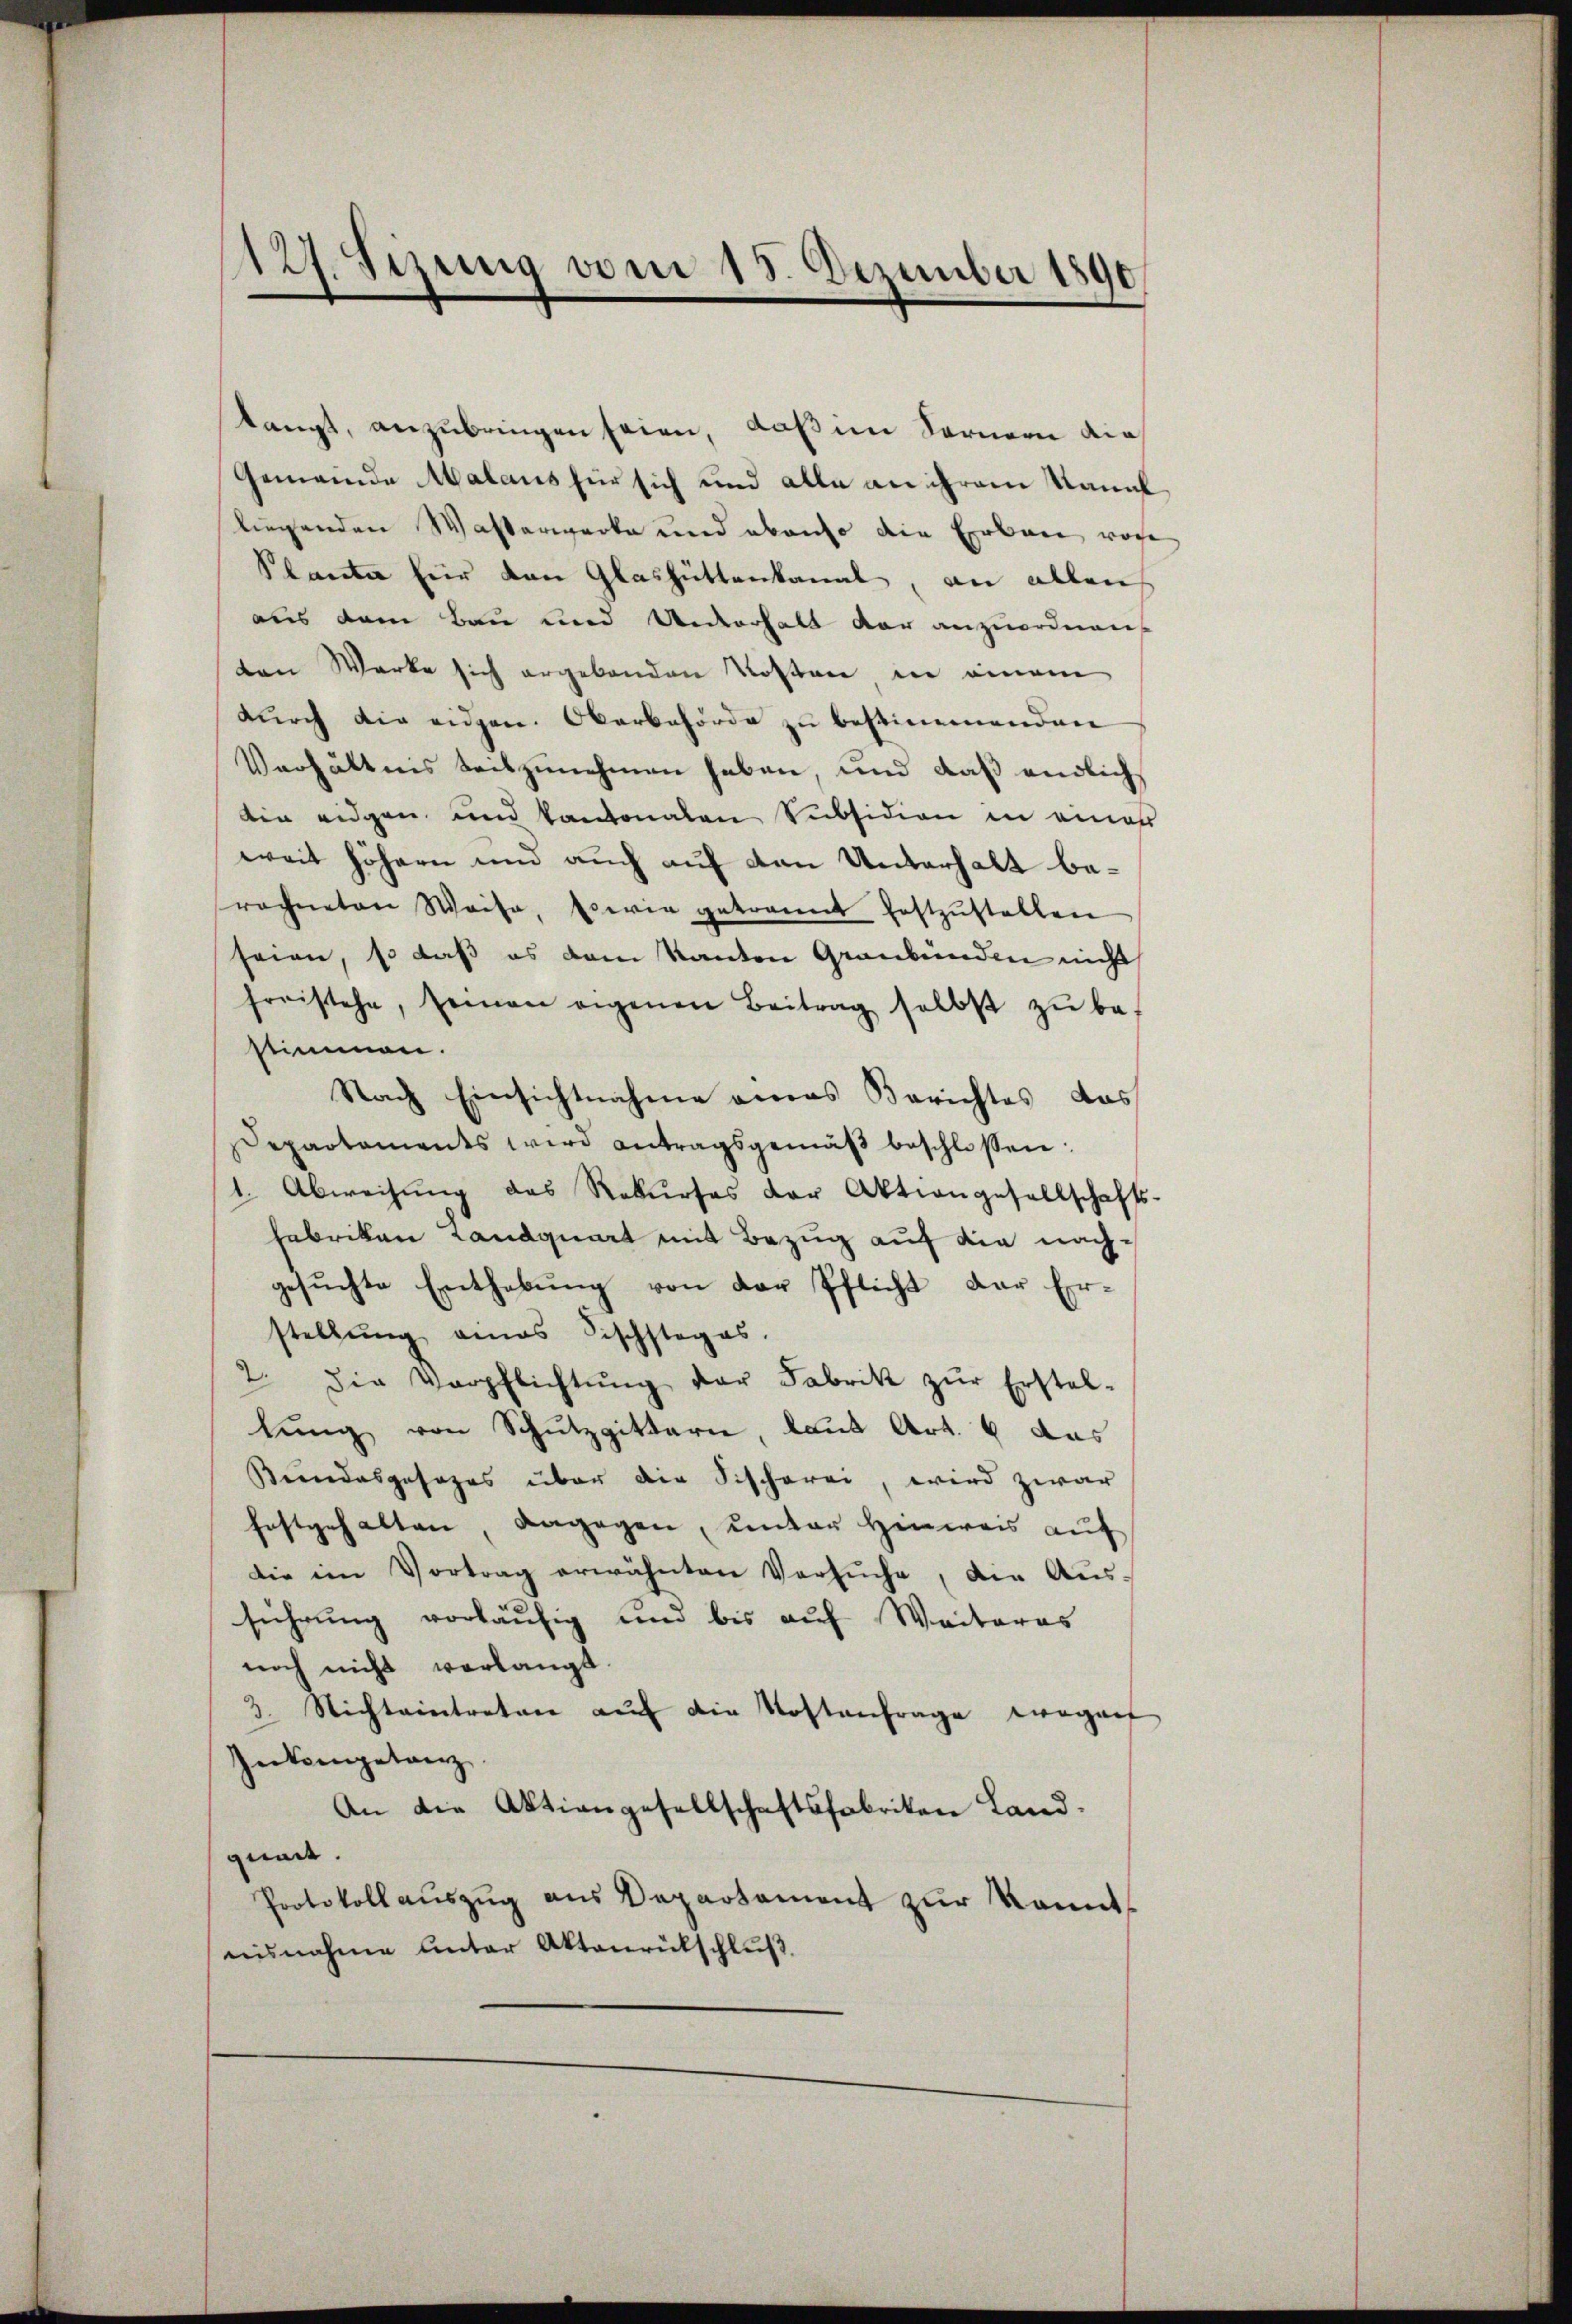
langt, anzubringen seien, daß im Fernern die¬
Gemeinde Malaus für sich und alle an ihrem Kanal
liegenden Wasserwerke und ebenso die Erbau roche
Planta für von Glashüttenkanal, an allen
aus dem Bau und Unterhalt der anzuordnen
ten Werke sich ergebenden Kosten in einem
durch die eidgen. Oberbehörde zu bestimmenden
Verhältnis teilzunehmen haben, und daß endlich
din eidgen und kantonalen Subsidion in eines
weit höhern und auch auf den Unterhalt berochneten Weise, sowie getrannt festzŭstellen
seien, so daß es dem Kanton Graubünden nicht
freistehe, seien eigenen Beitrag selbst zŭ be-
stimmen.
Nach Einsichtnahme eines Berichtes das
separtaments wird antragsgemäβ beschlossen:
1. Abweisung des Rekurses der Aktiengesellschafts-
Fabriken Landquart mit Bezug auf die nachgesŭchte Enthebŭng von der Pflicht der Er-
stellung eines Fischstages.
2. Die Verpflichtŭng der Fabrik zŭr Erstel-
lung von Schutzgittern, laut Art. 6 das
Brandesgesages über die Fischerei, wird zwar
festgehalten dagegen, unter Hinweis auf
Die im Vortrag erwähnten Versŭche, die Aŭs-
führung vorläufig und bis auf Weiteres
noch nicht verlangt.
3. Nichteintreten aŭf die Kostenfrage wegen
Intengetanz
An die Aktiengesellschaftsfabriten Landquant.
Protokoll aŭszŭg ans Departament zŭr Konnt
nisnahme Unter Aktenrütschluß.

127. Sizung vom 15. Dezember 1890